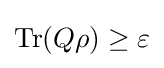
\operatorname {Tr} (Q\rho )\geq \varepsilon